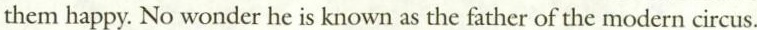
them happy. No wonder he is known as the father of the modern circus.